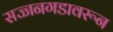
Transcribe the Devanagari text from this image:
सज्जनगडावरून